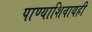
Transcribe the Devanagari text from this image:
पाण्याशिवायही